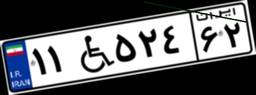
۱۱W۵۲۴۶۲